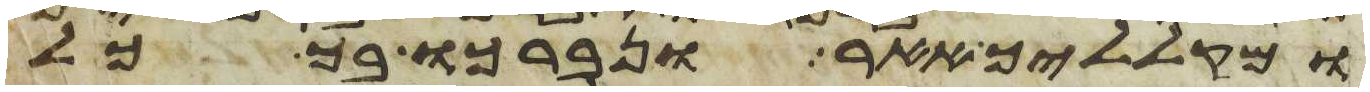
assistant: ומקלליך אאר ונברכו בך כל